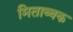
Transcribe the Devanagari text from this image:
मिताब्बक